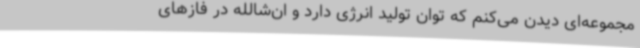
مجموعه‌ای دیدن می‌کنم که توان تولید انرژی دارد و ان‌شالله در فازهای